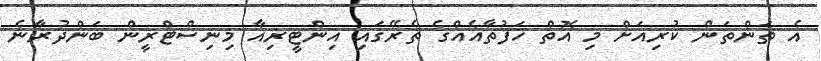
އެ ތަންތަން ކުރިއަށް މި އޮތް ހަފުތާއެއްގެ ތެރޭގައި އިންޓީރިއާ މިނިސްޓްރީން ބަންދުރާނެ